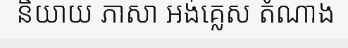
និយាយ ភាសា អង់គ្លេស តំណាង